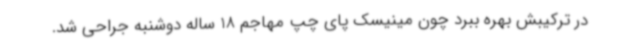
در ترکیبش بهره ببرد چون مینیسک پای چپ مهاجم 18 ساله دوشنبه جراحی شد.